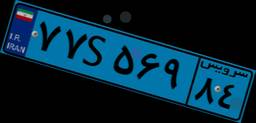
۷۷S۵۶۹۸۴